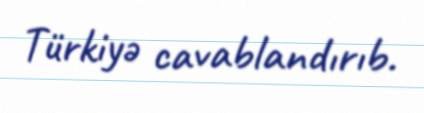
Türkiyə cavablandırıb.